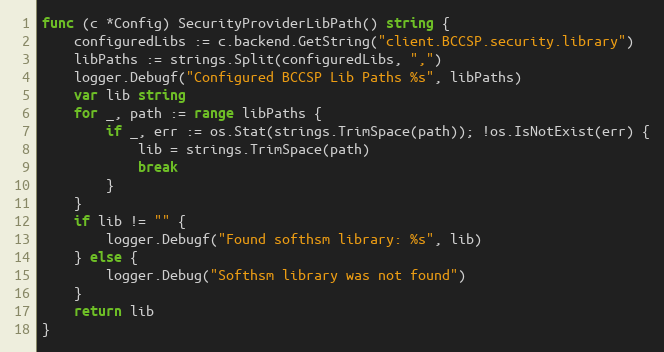
Language: Go
func (c *Config) SecurityProviderLibPath() string {
	configuredLibs := c.backend.GetString("client.BCCSP.security.library")
	libPaths := strings.Split(configuredLibs, ",")
	logger.Debugf("Configured BCCSP Lib Paths %s", libPaths)
	var lib string
	for _, path := range libPaths {
		if _, err := os.Stat(strings.TrimSpace(path)); !os.IsNotExist(err) {
			lib = strings.TrimSpace(path)
			break
		}
	}
	if lib != "" {
		logger.Debugf("Found softhsm library: %s", lib)
	} else {
		logger.Debug("Softhsm library was not found")
	}
	return lib
}